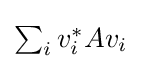
{\textstyle \sum _{i}v_{i}^{*}Av_{i}}